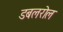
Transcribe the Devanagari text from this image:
डबलरोल